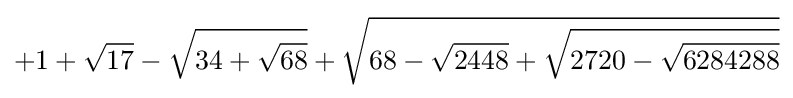
+1+{\sqrt {17}}-{\sqrt {34+{\sqrt {68}}}}+{\sqrt {68-{\sqrt {2448}}+{\sqrt {2720-{\sqrt {6284288}}}}}}